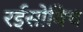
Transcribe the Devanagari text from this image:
रईसोविच